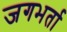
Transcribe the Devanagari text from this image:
जगभर्ता